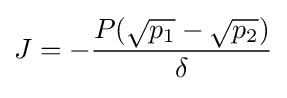
{\bigg .}J=-{\frac {P({\sqrt {p_{1}}}-{\sqrt {p_{2}}})}{\delta }}{\bigg .}